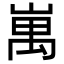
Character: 𡺥